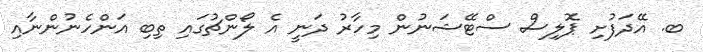
ބ. އޭދަފުށި ޕޮލިސް ސްޓޭޝަނުން މިހާރު ދަނީ އެ ލޯންޗުގައި ތިބި އަންހެނުންނާއި